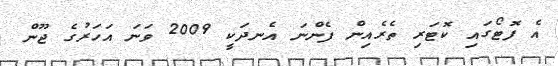
އެ ފޮޓޯގައި ކޮޓަރި ތެރެއިން ފެންނަ އެނދަކީ 2009 ވަނަ އަހަރުގެ ޖޫން